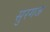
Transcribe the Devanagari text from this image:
सुरगज